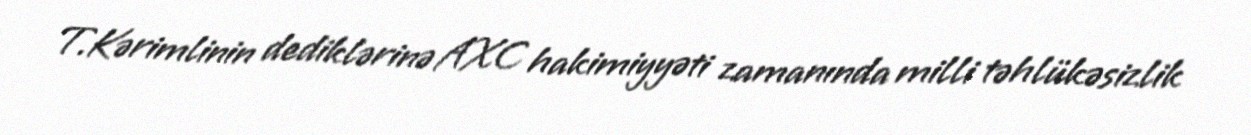
T.Kərimlinin dediklərinə AXC hakimiyyəti zamanında milli təhlükəsizlik